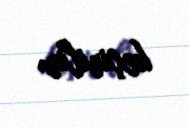
keçirilir.